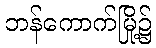
ဘန်ကောက်မြို့၌